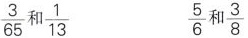
\frac{3}{65} 和 \frac{1}{13} \frac{5}{6} 和 \frac{3}{8}